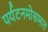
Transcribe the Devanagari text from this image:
पर्यटनमोसमात